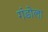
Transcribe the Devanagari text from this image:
गंडोला